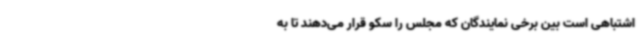
اشتباهی است بین برخی نمایندگان که مجلس را سکو قرار می‌دهند تا به